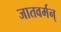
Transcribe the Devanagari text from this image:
जातवर्मन्‌